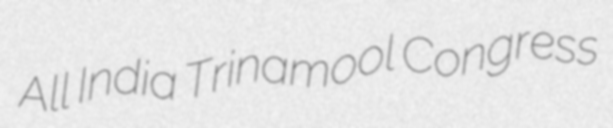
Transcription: All India Trinamool Congress